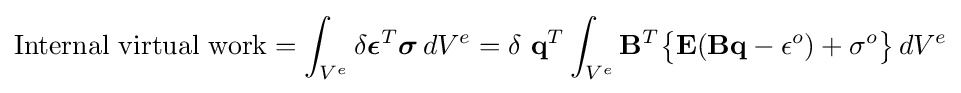
{\mbox{Internal virtual work}}=\int _{V^{e}}\delta {\boldsymbol {\epsilon }}^{T}{\boldsymbol {\sigma }}\,dV^{e}=\delta \ \mathbf {q} ^{T}\int _{V^{e}}\mathbf {B} ^{T}{\big \{}\mathbf {E} (\mathbf {Bq} -\mathbf {\epsilon } ^{o})+\mathbf {\sigma } ^{o}{\big \}}\,dV^{e}